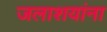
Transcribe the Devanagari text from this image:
जलाशयांना